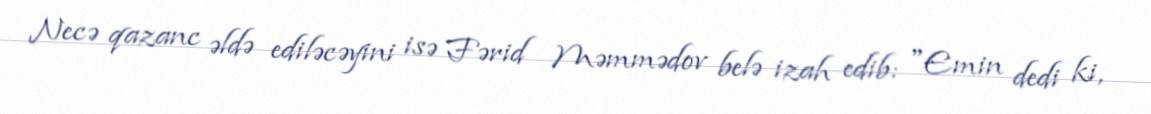
Necə qazanc əldə ediləcəyini isə Fərid Məmmədov belə izah edib: "Emin dedi ki,